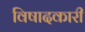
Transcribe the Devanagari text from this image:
विषादकारी